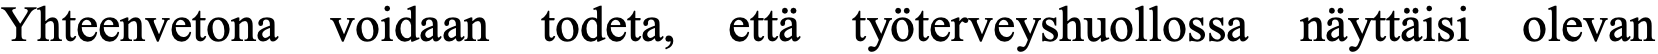
Yhteenvetona voidaan todeta, että työterveyshuollossa näyttäisi olevan